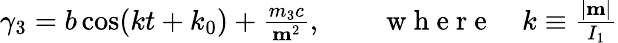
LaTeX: \begin{array}{r}{\gamma_{3}=b\cos(kt+k_{0})+\frac{m_{3}c}{{\mathbf m}^{2}},\qquad\mathrm{~w~h~e~r~e~}\quad k\equiv\frac{|{\mathbf m}|}{I_{1}}}\end{array}